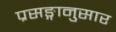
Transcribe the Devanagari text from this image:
प्रसङ्गानुसार